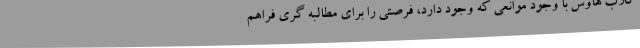
کلاب هاوس با وجود موانعی که وجود دارد، فرصتی را برای مطالبه گری فراهم